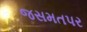
જસમતપર